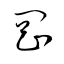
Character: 岡